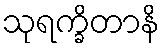
သုရက္ခိတာနိ